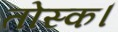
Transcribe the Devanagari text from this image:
तोस्क।